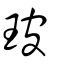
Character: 玻